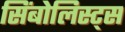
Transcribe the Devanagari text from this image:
सिंबोलिस्ट्स